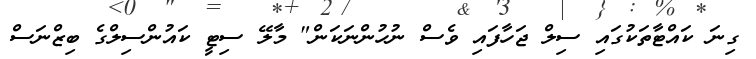
ގިނަ ކައްޓާތަކުގައި ސިލް ޖަހާފައި ވެސް ނުހުންނަކަން" މާލޭ ސިޓީ ކައުންސިލްގެ ބިޒްނަސް